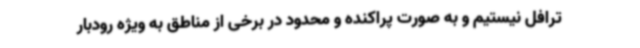
ترافل نیستیم و به صورت پراکنده و محدود در برخی از مناطق به ویژه رودبار